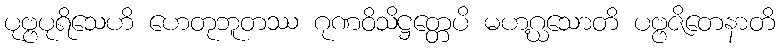
ပုဗ္ဗပုရိသေဟိ ဟေတုဘူတဿ ဂုဏဝိသိဋ္ဌတ္တေပိ မဟဂ္ဃသောတိ ပဗ္ဗဇိတေနာတိ